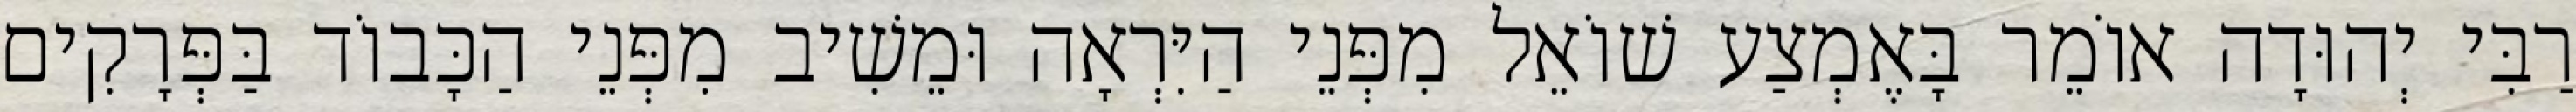
רַבִּי יְהוּדָה אוֹמֵר בָּאֶמְצַע שׁוֹאֵל מִפְּנֵי הַיִּרְאָה וּמֵשִׁיב מִפְּנֵי הַכָּבוֹד בַּפְּרָקִים